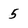
Character: 5